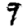
Digit: 9